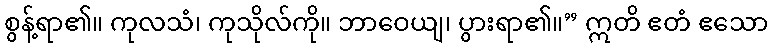
စွန့်ရာ၏။ ကုလသံ၊ ကုသိုလ်ကို။ ဘာဝေယျ၊ ပွားရာ၏။” ဣတိ ဧတံ ဧသော